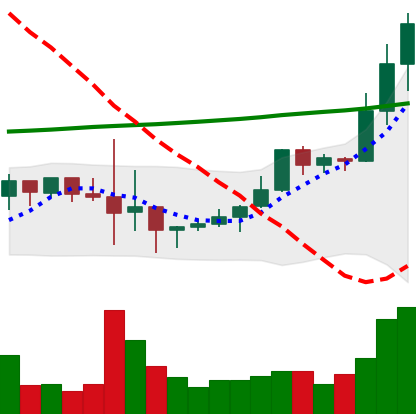
Ticker: LINK-USD
Chart end date: 2019-10-08
Forward return: -3.128%
Label: down_3_5